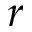
r